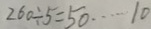
2 6 0 \div 5 = 5 0 \cdots 1 0